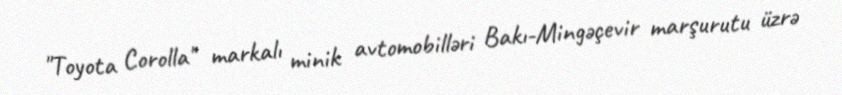
"Toyota Corolla" markalı minik avtomobilləri Bakı-Mingəçevir marşurutu üzrə